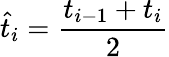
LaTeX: \hat{t}_{i}=\frac{t_{i-1}+t_{i}}{2}